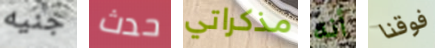
جنيه حدث مذكراتي أنه فوقنا